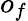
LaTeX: o_{f}